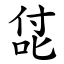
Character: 㖚